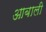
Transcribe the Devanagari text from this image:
आबाली